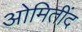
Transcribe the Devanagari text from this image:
ओमितींद